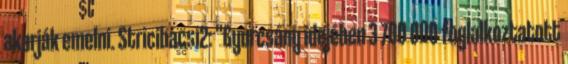
akarják emelni. Stricibacsi2: "Gyurcsány idejében 3 700 000 foglalkoztatott